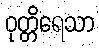
ဝုတ္တိရေသာ